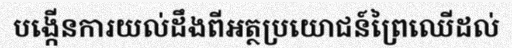
បង្កើនការយល់ដឹងពីអត្ថប្រយោជន៍ព្រៃឈើដល់